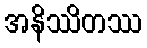
အနိဿိတဿ